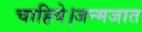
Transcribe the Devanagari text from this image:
चाहिये।जन्मजात